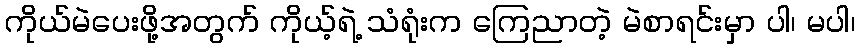
ကိုယ်မဲပေးဖို့အတွက် ကိုယ့်ရဲ့ သံရုံးက ကြေညာတဲ့ မဲစာရင်းမှာ ပါ၊ မပါ၊